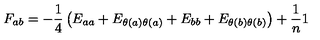
F _ { a b } = - { \frac { 1 } { 4 } } \left( E _ { a a } + E _ { \theta ( a ) \theta ( a ) } + E _ { b b } + E _ { \theta ( b ) \theta ( b ) } \right) + { \frac { 1 } { n } } 1